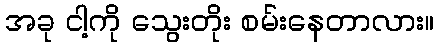
အခု ငါ့ကို သွေးတိုး စမ်းနေတာလား။